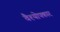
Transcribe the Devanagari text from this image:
वैश्योपकार